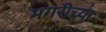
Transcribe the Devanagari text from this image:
मगरीच्या